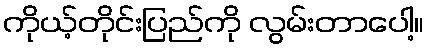
ကိုယ့်တိုင်းပြည်ကို လွမ်းတာပေါ့။